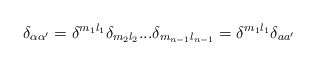
\begin{align*}\delta_{\alpha \alpha'} = \delta^{m_1l_1}\delta_{m_2l_2}...\delta_{m_{n-1}l_{n-1}}= \delta^{m_1l_1}\delta_{a a'}\end{align*}